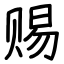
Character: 赐